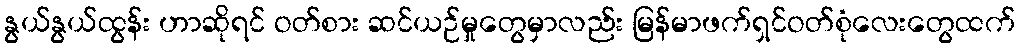
နွယ်နွယ်ထွန်း ဟာဆိုရင် ဝတ်စား ဆင်ယဉ်မှုတွေမှာလည်း မြန်မာဖက်ရှင်ဝတ်စုံလေးတွေထက်